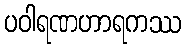
ပဝါရဏဟာရကဿ